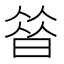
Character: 㫺